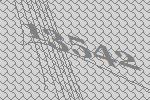
13542